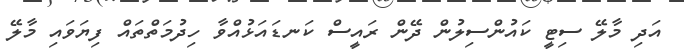
އަދި މާލޭ ސިޓީ ކައުންސިލުން ދޭން ރައީސް ކަނޑައަޅުއްވާ ހިދުމަތްތައް ފިޔަވައި މާލޭ